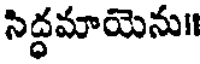
సిద్ధమాయెను